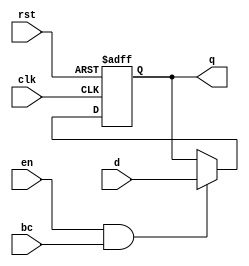
module BarrierRegister (
    input wire clk,         // Clock signal
    input wire rst,         // Asynchronous reset
    input wire en,          // Enable signal
    input wire bc,          // Barrier condition
    input wire [N-1:0] d,   // Data input
    output reg [N-1:0] q    // Data output
);
    parameter N = 8; // Define the width of the data input/output

    // Asynchronous reset and capturing data on the clock edge
    always @(posedge clk or posedge rst) begin
        if (rst) begin
            q <= {N{1'b0}}; // Reset output to 0
        end else if (en && bc) begin
            q <= d; // Capture data input when enabled and barrier condition is met
        end
        // If EN is low or BC is not satisfied, retain previous value of q
    end

endmodule